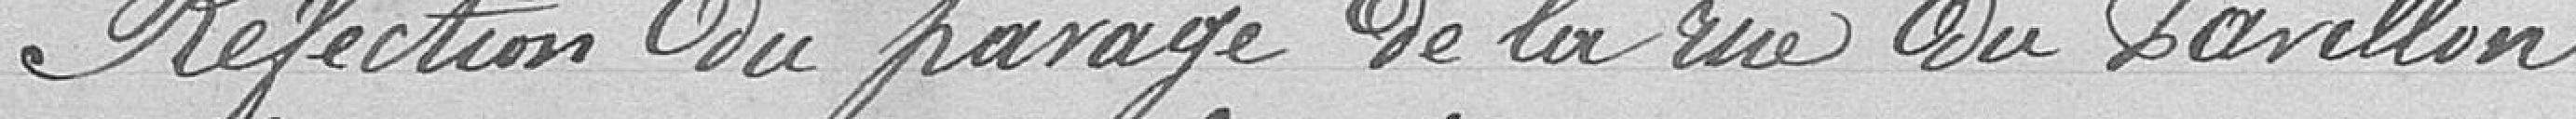
Réfection du passage de la rue du Pavillon